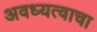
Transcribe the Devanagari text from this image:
अवध्यत्वाचा